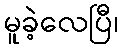
မူခဲ့လေပြီ၊